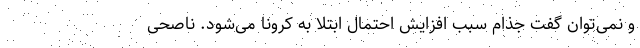
و نمی‌توان گفت جذام سبب افزایش احتمال ابتلا به کرونا می‌شود. ناصحی